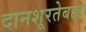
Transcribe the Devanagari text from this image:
दानशूरतेबद्दल